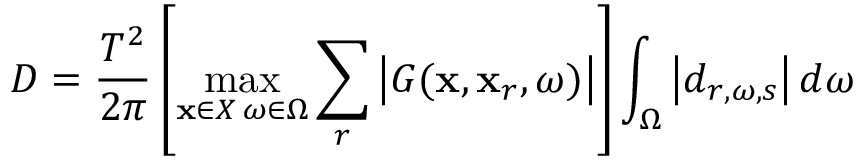
D = \frac { T ^ { 2 } } { 2 \pi } \left[ \underset { { \substack { \mathbf { x } \in X \, \omega \in \Omega } } } { \operatorname* { m a x } } \sum _ { r } \left| G ( \mathbf { x } , \mathbf { x } _ { r } , \omega ) \right| \right] \int _ { \Omega } \left| d _ { r , \omega , s } \right| d \omega